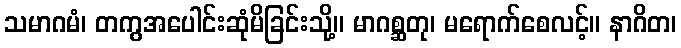
သမာဂမံ၊ တကွအပေါင်းဆုံမိခြင်းသို့။ မာဂစ္ဆတု၊ မရောက်စေလင့်။ နာဂိတ၊